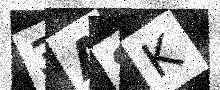
Text: 3A8K